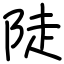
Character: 陡